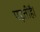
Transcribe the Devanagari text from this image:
पड़तीहै।